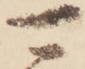
可